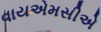
વાયએમસીએ